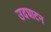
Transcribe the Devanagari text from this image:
उदघाटन